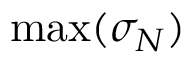
\operatorname* { m a x } ( \sigma _ { N } )